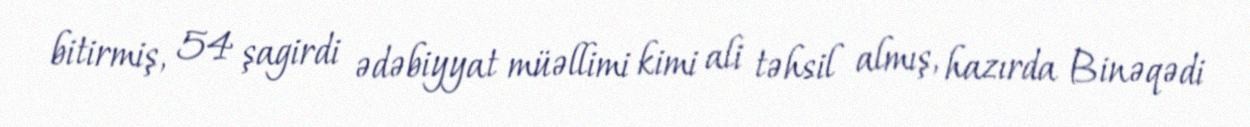
bitirmiş, 54 şagirdi ədəbiyyat müəllimi kimi ali təhsil almış, hazırda Binəqədi